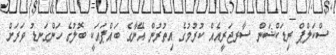
ސްކަލްޕް ރިޑަކްޝަން ސާރޖަރީއެއް ކުރުމުގެ އިތުރުން އޭނާގެ ބައްޕައަކީ ބޮލުގެ ހަންގަނޑު ވަރަށް